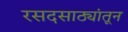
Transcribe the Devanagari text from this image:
रसदसाठ्यांतून